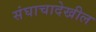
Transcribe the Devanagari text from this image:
संघाचादेखील